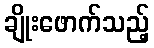
ချိုးဖောက်သည့်